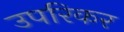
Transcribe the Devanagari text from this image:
उपरिकर